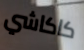
كاكاشي